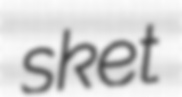
sket